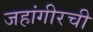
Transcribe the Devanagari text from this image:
जहांगीरची